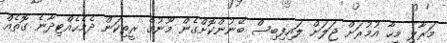
މަރާލި މީހާ އުމުރަށް ޖަލަށް ލައިފިބިސް ބޭނުންކޮށްގެން މޫނުގެ ރީތިކަން ދެމެހެއްޓިދާނެ ގޮތެއް